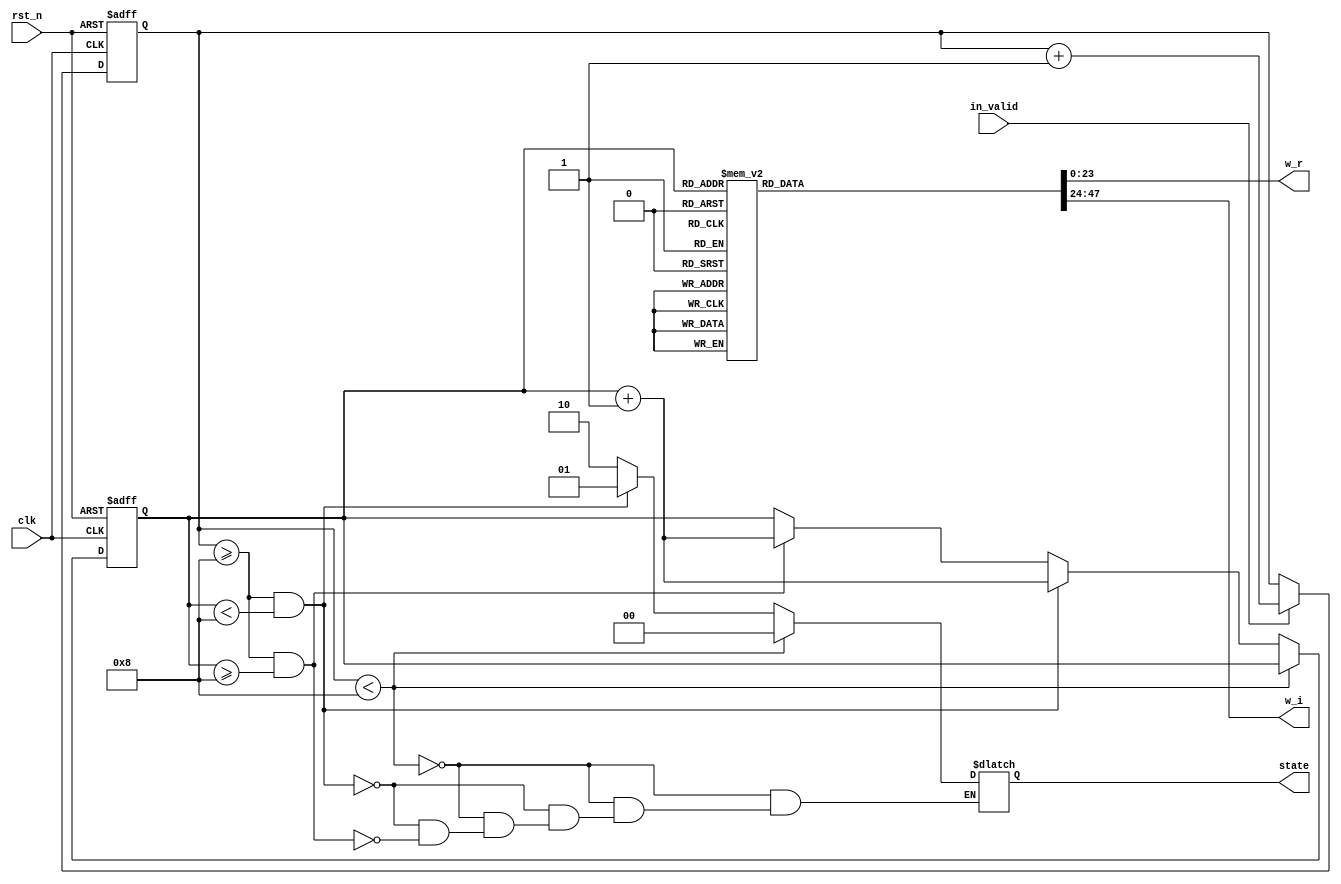
module ROM_8(
	input             clk,
	input             in_valid,
	input             rst_n,
	output reg [23:0] w_r,
	output reg [23:0] w_i,
	output reg [1:0]  state
);
////////////////////////////////////////////
// Internal signals
reg [5:0]             count, next_count;
reg [3:0]             s_count, next_s_count;
////////////////////////////////////////////
// Next state logic
always @(*) begin
    if(in_valid) begin 
        next_count   = count + 1;
        next_s_count = s_count;
    end
    else begin
        next_count   = count;
        next_s_count = s_count;  
    end
    
    if (count<6'd8) 
        state        = 2'd0;
    else if (count >= 6'd8 && s_count < 4'd8)begin
        state        = 2'd1;
        next_s_count = s_count + 1;
    end
    else if (count >= 6'd8 && s_count >= 4'd8)begin
        state        = 2'd2;
        next_s_count = s_count + 1;
    end
    case(s_count)
    4'd8: begin
        w_r = 24'b 00000000_00000001_00000000;
        w_i = 24'b 00000000_00000000_00000000;
        end
    4'd9: begin
        w_r = 24'b 00000000_00000000_11101101;
        w_i = 24'b 00000000_00000000_01100001;
        end
    4'd10: begin
        w_r = 24'b 00000000_00000000_10110101;
        w_i = 24'b 00000000_00000000_10110101;
        end
    4'd11: begin
        w_r = 24'b 00000000_00000000_01100010;
        w_i = 24'b 00000000_00000000_11101100;
        end
    4'd12: begin
        w_r = 24'b 00000000_00000000_00000000;
        w_i = 24'b 00000000_00000001_00000000;
        end
    4'd13: begin
        w_r = 24'b 11111111_11111111_10011110;
        w_i = 24'b 00000000_00000000_11101100;
        end
    4'd14: begin
        w_r = 24'b 11111111_11111111_01001011;
        w_i = 24'b 00000000_00000000_10110101;
        end
    4'd15: begin
        w_r = 24'b 11111111_11111111_00010011;
        w_i = 24'b 00000000_00000000_01100001;
        end
    default: begin
        w_r = 24'b 00000000_00000001_00000000;
        w_i = 24'b 00000000_00000000_00000000;
        end
    endcase
end
////////////////////////////////////////////
// State register
always@(posedge clk or negedge rst_n)begin
    if(~rst_n)begin
        count   <= 0;
        s_count <= 0;
    end
    else begin
        count   <= next_count;
        s_count <= next_s_count;
    end
end
endmodule